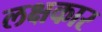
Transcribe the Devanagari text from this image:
लक्षकार